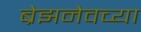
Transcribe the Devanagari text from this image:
ब्रेझनेवच्या